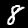
Label: 8